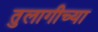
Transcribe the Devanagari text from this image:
तुलागीच्या